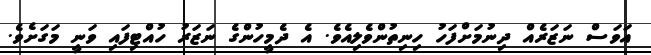
އަވަސް ނަޒަރެއް ދިނުމަށްފަހު ހިނިތުންވެލިއެވެ. އެ ދެމީހުންގެ ނަޒަރު ހުއްޓިފައި ވަނީ މަގަށެވެ.